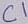
Text: C1